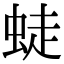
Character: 𧋨